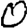
Digit: 0